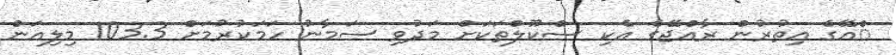
ްއޭގެ އިތުރުން ރާއްޖޭގެ އެކި ސްކޫލްތަކަށް މަދުވި ސަމާނު ހަމަކުރުމަށް 103.3 މިލިއަން